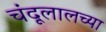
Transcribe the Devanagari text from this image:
चंदूलालच्या